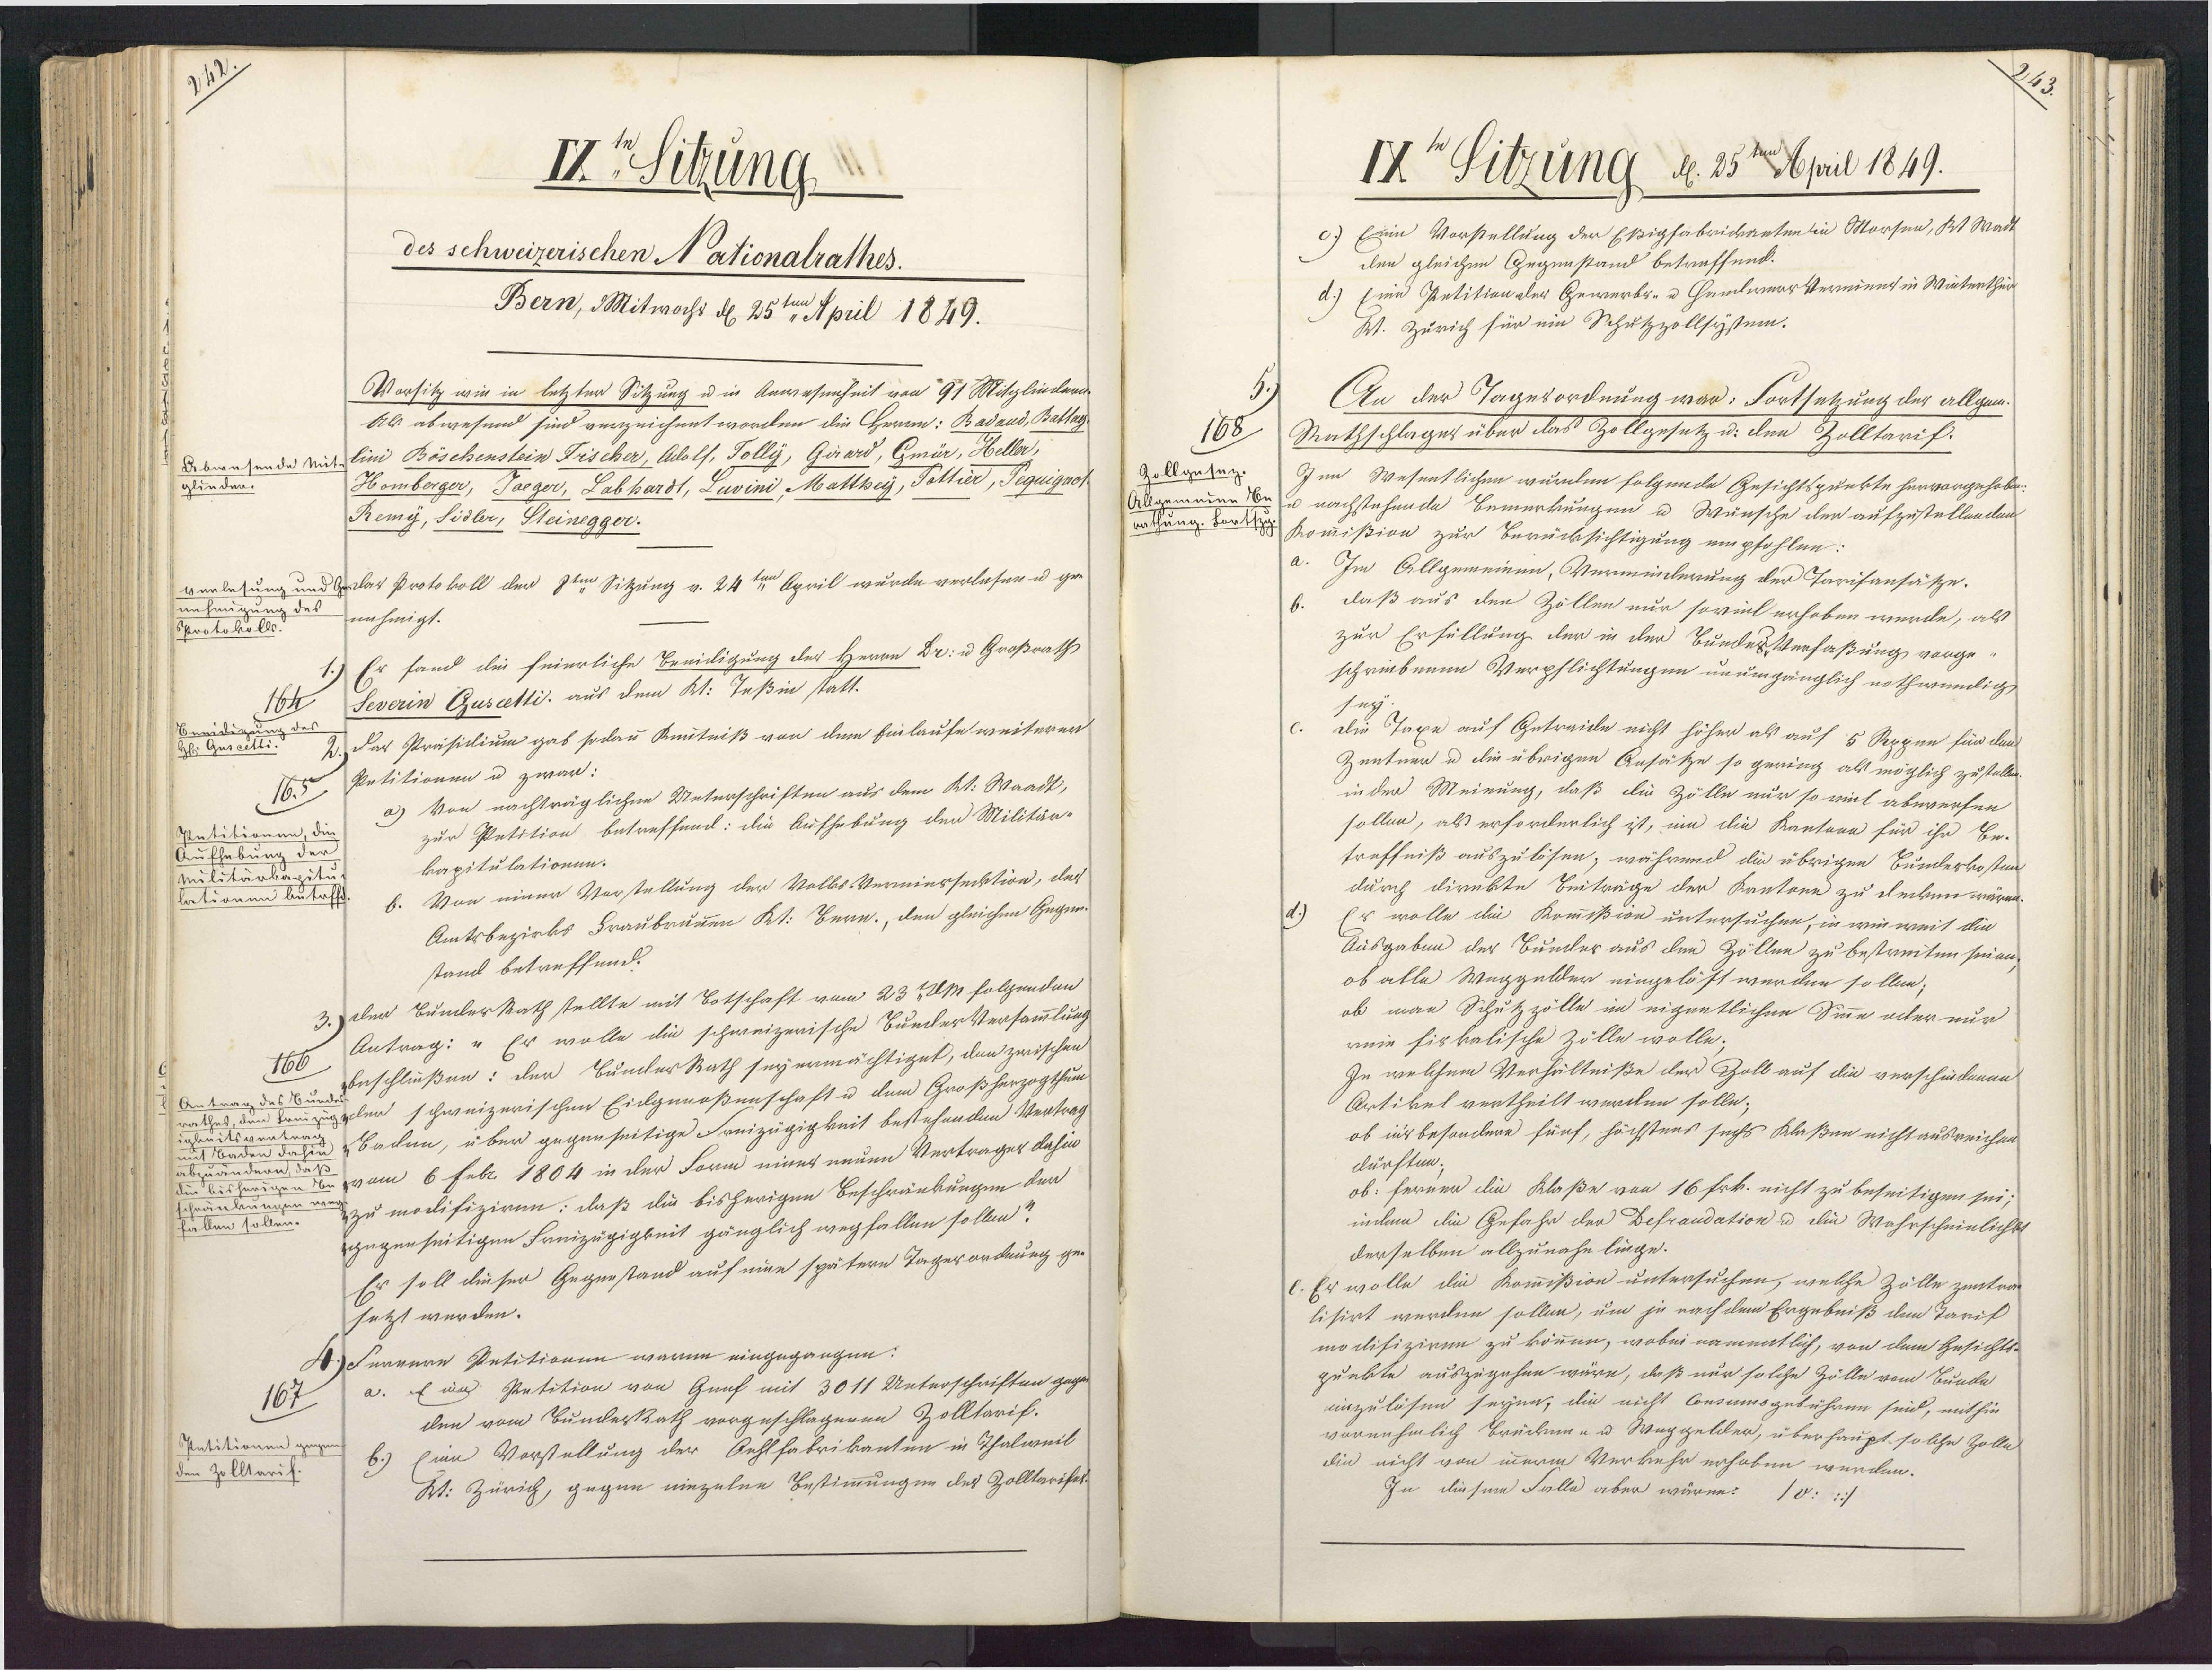
IISitzung.
des schweizerischen Nationalrathes.
Bern, Mitwochs d 25ten April 1849.
Vorsitz wie in letzter Sitzung u in Anwesenheit von 91 Mitglinderi¬
Als abwesend sind verzeichnnt worden die CHerrn: Badaud, Battag
Debwesende vitlini Böschenstein Frscher, Adolf. Tolly, Girard, Gmür, Heller,
Homberger, Taeger, Labhardt, Luvini, Matthey, Tottier, Peguiguor
glinden.
Remy, Sidler, Steinegger.
verlesung und Gilar Protokoll der 8ten Sitzung v. 24ten April wurde verlaser u ge¬
anhaugung des nehmigt.
Sprotokolls.
Er fand die feierliche Beeidigung des Herrn Dr: u Großraths
Severin Guscelti. aus dem Kt: Teßin statt.
164
Benidigun
2. Dar Präsidium gab so dann Knnntniß von dem Einlaufe weiterer
Hl. Garcet
Petitionen u zwar:
a) Von nachträglichen Unterschriften aus dem Kt. Waadt,
165
zur Petition betreffend: die Aufhebung den Militär-
Pntitionen, die
Aufhebung der
kapitulationen.
Mulitarkagitu
b. Von einer Vorstellung der Volks-Verminssecktion, des
lationen betrff
Amtsbezirks Fraubrunen Kt: Bern., den gleichen Gegen¬
stand betreffend:
3.) der BunderRath stellte mit Botschaft vom 23t 2M folgenden
Antrag: " Er wolle die schweizerische BunderVersammlung
beschlißen: der BunlerRath sey ermächtiget, den zwischen
166
1 Antrag des Bur¬
rathes, den Treizügelen schweizerischen Eidgenoßenschaft u dem Großherzogthum
Baden, über gegenseitige Freizügigkeit bestehenden Vertrag
igkeitsvortrag
mit Baden da
abzuändern,
die bisherigen Be  vom 6 Febr. 1804 in der Form einer neuen Vertrages dahin
schränkungen  zu modifiziren: daß die bisherigen Beschränkungen den
fallen sollen.
gegenseitigen Freizügigkeit gänglich wegfallen sollen?
Er soll dieser Gegenstand auf eine spätern Tagerordnung ge-
setzt werden.
4.) Fernere Petitionen waren eingegangen:
a. Ein Petition von Genf mit 3011 Unterschriften gegen
167
den vom Sunderkath vorgeschlagenen Zolltarif.
Opntitionen gegen
Eine Vorstellung der Oehlfabrikanten in Thalweil
den Zolltarif.
W. Zürich, gegen einzelne Bestimmungen des Zolltarifet¬

ten
IX Sitzung d. 25 April 1849.
c.) Eine Vorstellung der Eßigfabricanten in Morsen, Kt Wadt
den gleichen Gegenstand betraffend.
d.) Eine Petition der Gewerbr- u HamlierrVermient in Winterthei
W. Zürich für ein Schutzzollsystum.
An der Tagesordnung war: Fortsetzung der allgen¬
Rathschlages über das Zollgesetz u. den Zolltarif.
168
Zollgesez
Gen Wesentlichen wurden folgende Gesichtspunkte hervorgehobe:
sollgem eine  Er nachstehende Bemerkungen u Wünsche den aufzestellenden
efangeen komißsion zur Berücksichtigung empfohlen:
Im Allgemeinen, Verminderung der Tarisansäsze.
daß aus den Zöllen nur soviel erhoben werde, als
zur Erfüllung der in der BundesVerfaßung vorge¬
schriebenen Verpflichtungen unumgänglich nothwündig
sey,
die Taxe auf Getreide nicht höher als auf 5 Rppen für den
Zentner u die übrigen Ansätze so gering als möglich zustallen
in der Meinung, daß die Zölle nur so viel abwerfen
sollen, als erforderlich ist, um die Kantone für ihr Be¬
treffniß auszulösen; während die übrigen Bunderkostun
durch dirnkte Beiträge der Kantone zu decken wären.
Es wolle die Kommißion untersuchen, in wie weit die
Ausgaben der Bunder aus den Zöllen zu bestreiten seien
ob alle Weggelder eingelöst werden sollen;
ob man Schutzzölle im eigentlichen Sinne ader nur
reie fiskalische Zölle wolle;
In welchem Verhältniße der Zoll auf die verschiedenen
Artikel vertheilt werden solle;
ob insbesondere fünf, höchstens sechs Klaßen nicht ausreichen
dürften;
ob: ferner die Klaße von 16 Frk. nicht zu beseitigen sei;
indem die Gefahr der Defrandation u die Wahrscheinlichkt
derselben allzunahe linge.
. Er wolle die Kommißion untersuchen, welche Zölle zentrac
lisirt werden sollen, um je nach dem Ergebniß den Taris
modifiziren zu können, wobei namentlich, von dem Gesichts¬
punkte auszugehen wäre, daß nur solche Zölle vom Bunde
enzulösen seyen, die nicht Consumogebühren siid, mithin-
vornehmlich Brücken- u Weggelder, überhaupt solche Zolles
die nicht von innerm Verkehr erhoben werden.
In diesem Falle aber wären: 10:/

E